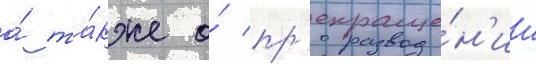
а́ та́кже о́ пр'екраще́н'ии